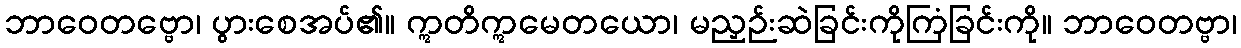
ဘာဝေတဗ္ဗော၊ ပွားစေအပ်၏။ ဣတိဣမေတယော၊ မညှဉ်းဆဲခြင်းကိုကြံခြင်းကို။ ဘာဝေတဗ္ဗာ၊